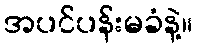
အပင်ပန်းမခံနဲ့။